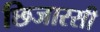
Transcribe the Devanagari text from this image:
छिजारसी